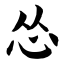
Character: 怂